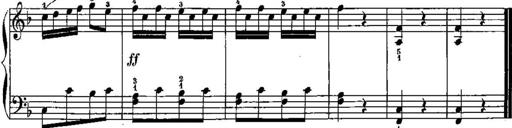
Title: Trois sonatines
Composer: Maurice Emmanuel